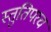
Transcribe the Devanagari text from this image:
स्तुतिपरच